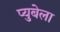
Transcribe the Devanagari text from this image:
प्युबेला